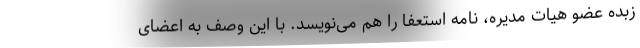
زبده عضو هیات مدیره، نامه استعفا را هم می‌نویسد. با این وصف به اعضای